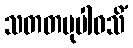
သတတမုပါဝသိံ